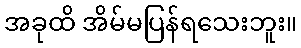
အခုထိ အိမ်မပြန်ရသေးဘူး။